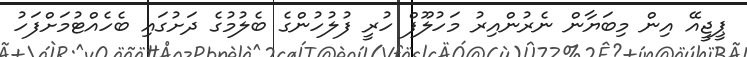
ޕީޖީއޭ އިން މިބަޔާން ނެރުންއިރު މަހުލޫފް ހުރީ ފުލުހުންގެ ބެލުމުގެ ދަށުގައި ބެހެއްޓުމަށްފަހު